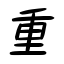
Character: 重